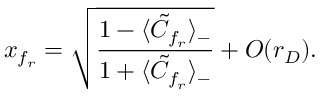
x _ { f _ { r } } = \sqrt { \frac { 1 - \langle \tilde { C } _ { f _ { r } } \rangle _ { - } } { 1 + \langle \tilde { C } _ { f _ { r } } \rangle _ { - } } } + { \cal O } ( r _ { D } ) .